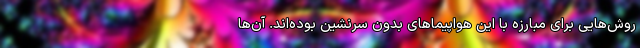
روش‌هایی برای مبارزه با این هواپیماهای بدون سرنشین بوده‌اند. آن‌ها